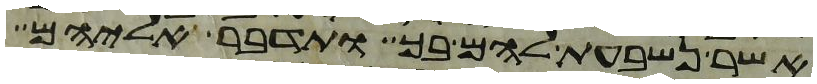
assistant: אשר נשבעת להם בך ותדבר אליהם